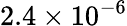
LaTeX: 2.4\times 10^{-6}